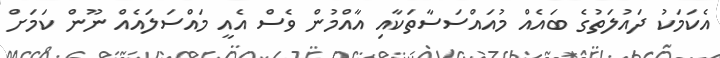
އެކަމަކު ދައުލަތުގެ ބައެއް މުއައްސަސާތަކާއި އާއްމުން ވެސް އެއީ މައްސަލައެއް ނޫން ކަމަށް